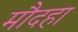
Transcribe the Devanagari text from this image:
मौदहा